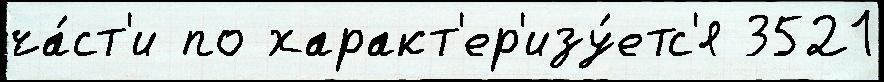
ча́ст'и по характ'ер'изу́етс'я 3521